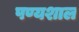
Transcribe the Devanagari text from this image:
पण्यशाल